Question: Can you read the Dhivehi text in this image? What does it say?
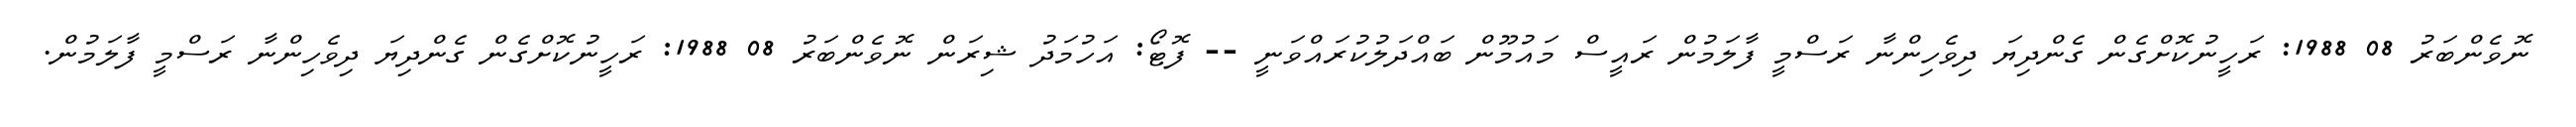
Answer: ނޮވެންބަރު 08 1988: ރަހީނުކޮށްގެން ގެންދިޔަ ދިވެހިންނާ ރަސްމީ ފާލަމުން ރައީސް މައުމޫން ބައްދަލުކުރައްވަނީ -- ފޮޓޯ: އަހުމަދު ޝިރަން ނޮވެންބަރު 08 1988: ރަހީނުކޮށްގެން ގެންދިޔަ ދިވެހިންނާ ރަސްމީ ފާލަމުން.